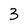
Character: 3